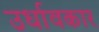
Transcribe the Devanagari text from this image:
उर्धावकार